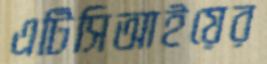
এটিসিআইয়ের